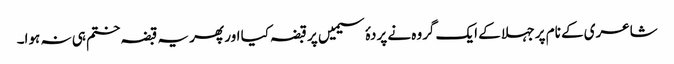
شاعری کے نام پر جہلا کے ایک گروہ نے پردۂ سیمیں پر قبضہ کیا اور پھر یہ قبضہ ختم ہی نہ ہوا۔